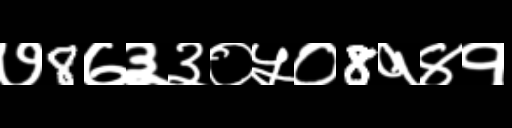
Text: ७8७३३०५०8१४१